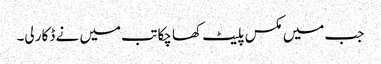
جب میں مکس پلیٹ کھا چکا تب میں نے ڈکار لی۔